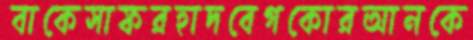
বাকেসাফরহাদবেগকোরআনকে